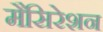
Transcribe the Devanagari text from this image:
मैसिरेशन